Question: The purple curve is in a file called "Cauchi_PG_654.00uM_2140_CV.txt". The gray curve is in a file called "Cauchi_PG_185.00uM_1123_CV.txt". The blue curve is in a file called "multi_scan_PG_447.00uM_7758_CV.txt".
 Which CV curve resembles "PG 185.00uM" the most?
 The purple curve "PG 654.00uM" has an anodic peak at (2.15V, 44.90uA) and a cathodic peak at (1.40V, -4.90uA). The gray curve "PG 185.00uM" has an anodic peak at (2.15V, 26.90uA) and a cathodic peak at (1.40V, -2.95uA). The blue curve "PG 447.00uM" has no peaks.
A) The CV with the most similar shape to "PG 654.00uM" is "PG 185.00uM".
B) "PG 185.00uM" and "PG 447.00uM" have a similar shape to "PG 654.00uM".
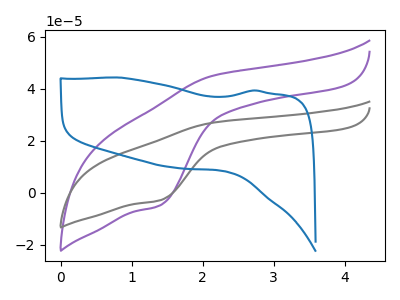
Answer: <think>All the peaks in "PG 654.00uM" have a peak in "PG 185.00uM" at the same potential. Every peak in "PG 654.00uM" is higher than every peak in "PG 185.00uM". "PG 654.00uM" and "PG 447.00uM" have a different number of peaks. "PG 185.00uM" and "PG 447.00uM" have a different number of peaks.
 </think>
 <answer>A) The CV with the most similar shape to "PG 654.00uM" is "PG 185.00uM".</answer>
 <eval>A</eval>